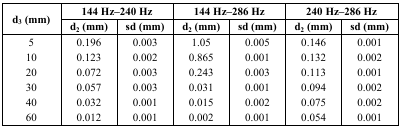
<table><thead><tr><td rowspan="3"><b>d<sub>3</sub> (mm)</b></td><td colspan="2"><b>144 Hz–240 Hz</b></td><td colspan="2"><b>144 Hz–286 Hz</b></td><td colspan="2"><b>240 Hz–286 Hz</b></td></tr><tr><td><b>d<sub>2</sub> (mm)</b></td><td><b>sd (mm)</b></td><td><b>d<sub>2</sub> (mm)</b></td><td><b>sd (mm)</b></td><td><b>d<sub>2</sub> (mm)</b></td><td><b>sd (mm)</b></td></tr></thead><tbody><tr><td>5</td><td>0.196</td><td>0.003</td><td>1.05</td><td>0.005</td><td>0.146</td><td>0.001</td></tr><tr><td>10</td><td>0.123</td><td>0.002</td><td>0.865</td><td>0.001</td><td>0.132</td><td>0.002</td></tr><tr><td>20</td><td>0.072</td><td>0.003</td><td>0.243</td><td>0.003</td><td>0.113</td><td>0.001</td></tr><tr><td>30</td><td>0.057</td><td>0.003</td><td>0.031</td><td>0.001</td><td>0.094</td><td>0.002</td></tr><tr><td>40</td><td>0.032</td><td>0.001</td><td>0.015</td><td>0.002</td><td>0.075</td><td>0.002</td></tr><tr><td>60</td><td>0.012</td><td>0.001</td><td>0.002</td><td>0.001</td><td>0.054</td><td>0.001</td></tr></tbody></table>